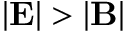
| { \bf E } | > | { \bf B } |